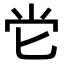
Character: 𡭠